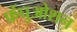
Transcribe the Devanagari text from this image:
फ़ेंघुओशन